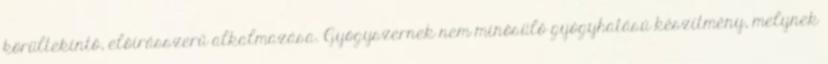
körültekintő, előírásszerű alkalmazása. Gyógyszernek nem minősülő gyógyhatású készítmény, melynek